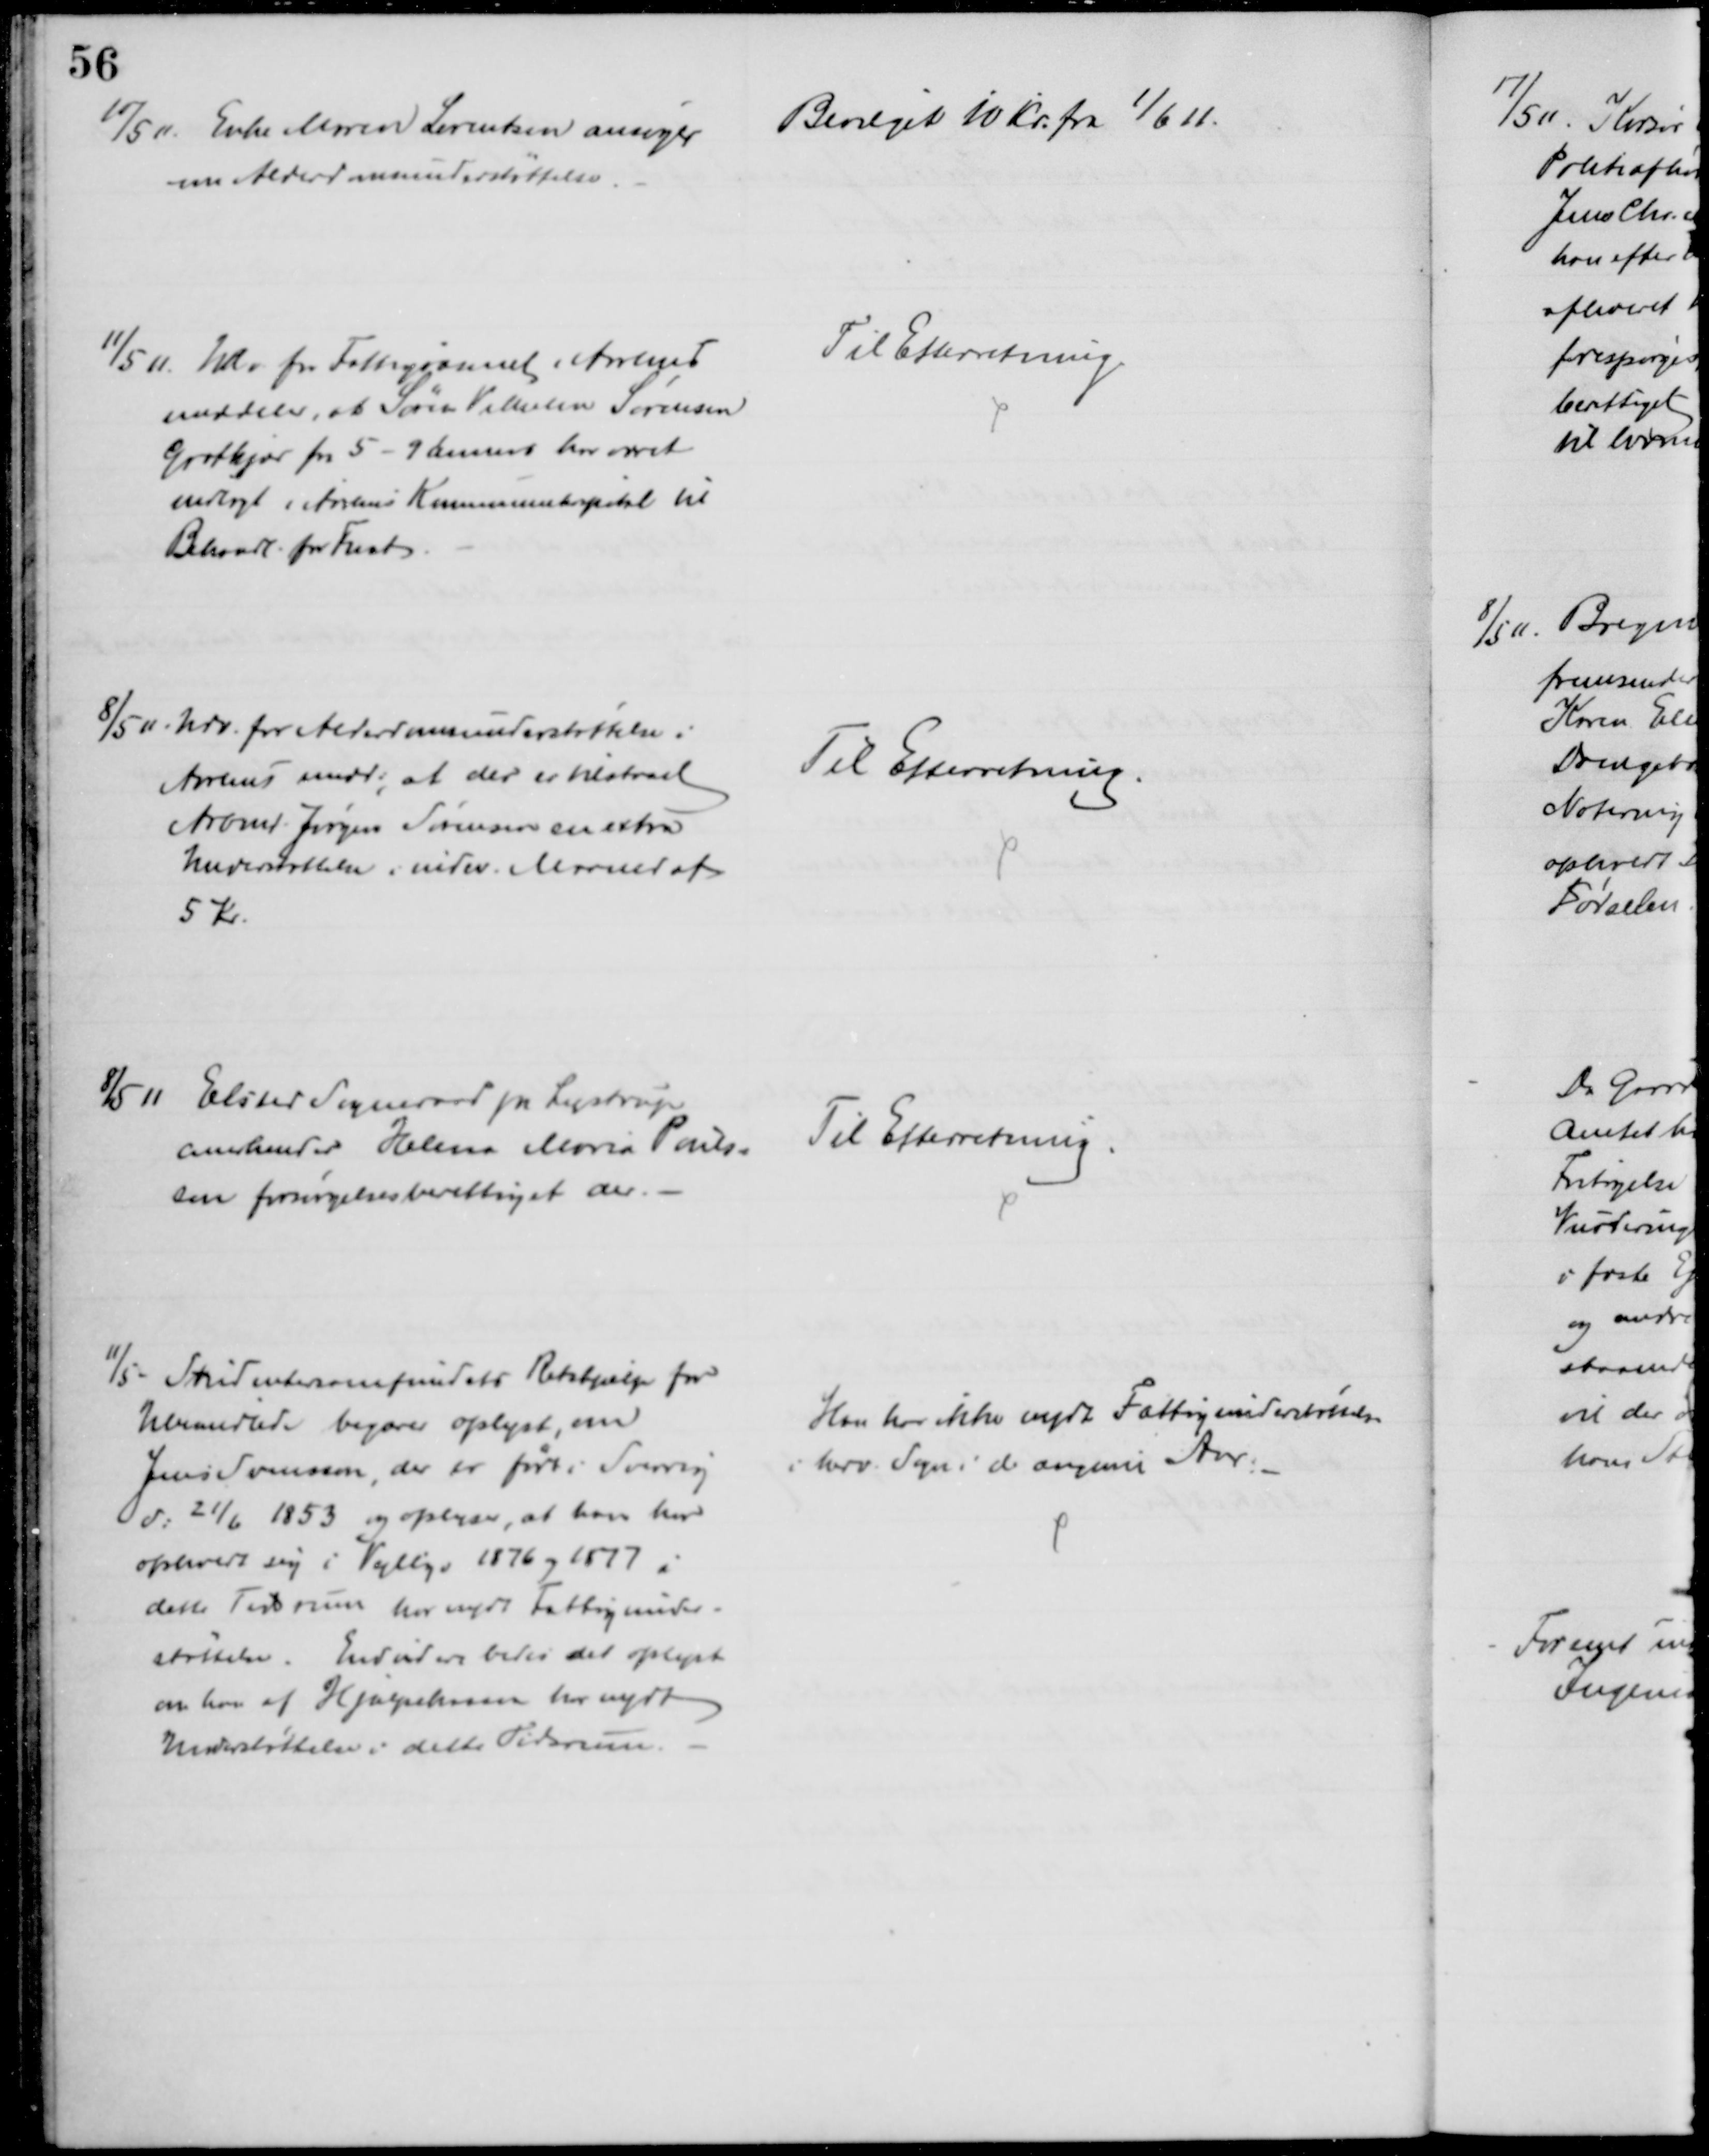
Transskription:
10/5 11. Enke Maren Lorentsen ansøger
om Alderdomsunderstøttelse
Bevilget 10 Kr. fra 1/6 11.
11/5 11. Udv. for Fattigvæsenet i Aarhus
meddeler, at Søren Vilhelm Sørensen
Grotkjær fra 5 - 9 dennes har været
indlagt i Aarhus Kommunehospital til
Behandl. for Fnat
Til Efterretning.
8/5 11. Udv. for Alderdomsunderstøttelse i
Aarhus medd:, at der er tilstaaet
Arbmd. Jørgen Sørensen en extra
Understøttelse i indev. Maaned af
5 Kr.
Til Efterretning.
8/5 11 Elsted Sogneraad pr Lystrup
anerkender Helena Maria Pouls-
sen forsørgelsesberettiget der.
Til Efterretning.
11/5 - Studentersamfundets Retshjælp for
Ubemidlede begærer oplyst, om
Jens Svensson, der er født i Sverrig
d. 21/6 1853 og oplyser, at han har
opholdt sig i Vejlby i 1876 og 1877 i
dette Tidsrum har nydt Fattigunder-
støttelse. Endvidere bedes det oplyst
om han af Hjælpekassen her nydt
Understøttelse i dette Tidsrum.
Han har ikke nydt Fattigunderstøttelse
i herv. Sogn i de angivne Aar.